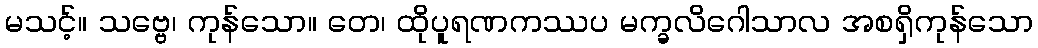
မသင့်။ သဗ္ဗေ၊ ကုန်သော။ တေ၊ ထိုပူရဏကဿပ မက္ခလိဂေါသာလ အစရှိကုန်သော